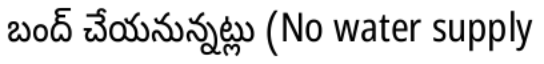
బంద్ చేయనున్నట్లు (No water supply